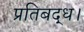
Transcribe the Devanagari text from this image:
प्रतिबद्ध।